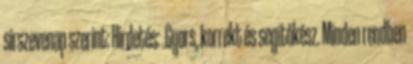
sirszevenap szerint: Hirdetés: .Gyors, korrekt és segítőkész. Minden rendben